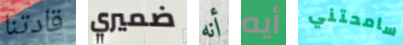
قادتنا ضميري أنه أيه سامحتني